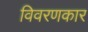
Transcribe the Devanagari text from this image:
विवरणकार